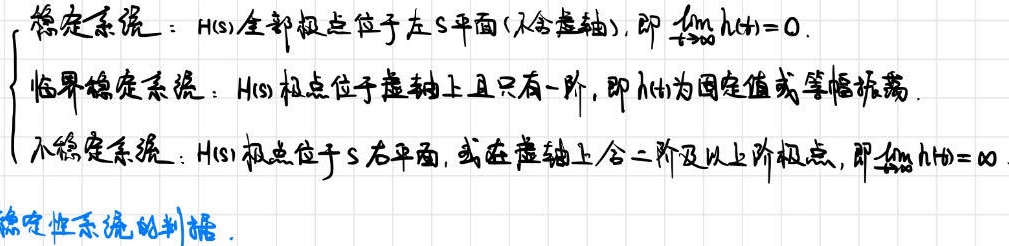
稳定系统：$H(s)$全部极点位于左$S$平面(不含虚轴)，即$\lim_{t \to \infty} h(t)=0$.
临界稳定系统：$H(s)$极点位于虚轴上且只有一阶，即$h(t)$为固定值或等幅振荡.
不稳定系统：$H(s)$极点位于$S$右平面，或在虚轴上含二阶及以上阶极点，即$\lim_{t \to \infty} h(t)=\infty$
稳定性系统的判据.